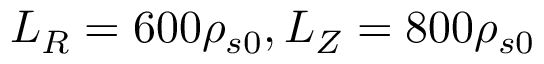
L _ { R } = 6 0 0 \rho _ { s 0 } , L _ { Z } = 8 0 0 \rho _ { s 0 }